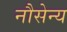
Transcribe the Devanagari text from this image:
नौसेन्य